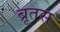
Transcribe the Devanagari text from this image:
ब्रूतस